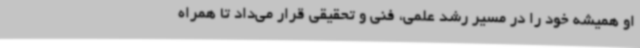
او همیشه خود را در مسیر رشد علمی، فنی و تحقیقی قرار می‌داد تا همراه